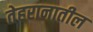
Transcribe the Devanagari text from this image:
तेहरानातील